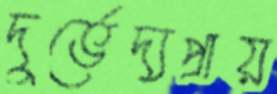
দুর্ভেদ্যপ্রায়